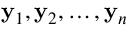
{ \bf y } _ { 1 } , { \bf y } _ { 2 } , \ldots , { \bf y } _ { n }